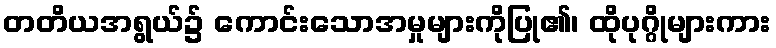
တတိယအရွယ်၌ ကောင်းသောအမှုများကိုပြု၏၊ ထိုပုဂ္ဂိုများကား